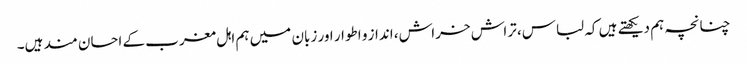
چنانچہ ہم دیکھتے ہیں کہ لباس، تراش خراش، انداز و اطوار اور زبان میں ہم اہل مغرب کے احسان مند ہیں۔